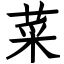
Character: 菜